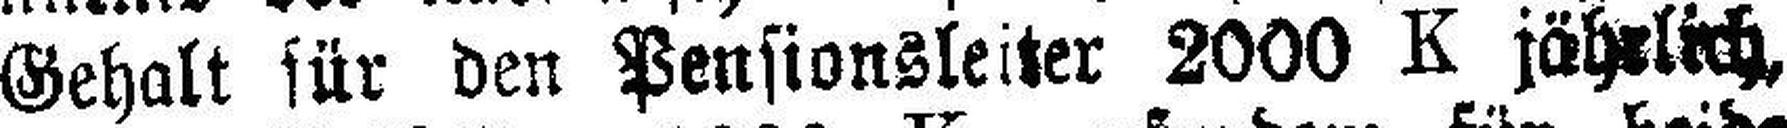
Gehalt für den Pensionsleiter 2000 K jährlich,